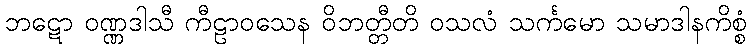
ဘဋော ဝဏ္ဏဒါသီ ကီဠာဝသေန ဝိဘတ္တီတိ ဝသလံ သင်္ကမော သမာဒါနကိစ္စံ